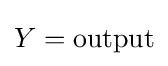
Y={\text{output}}